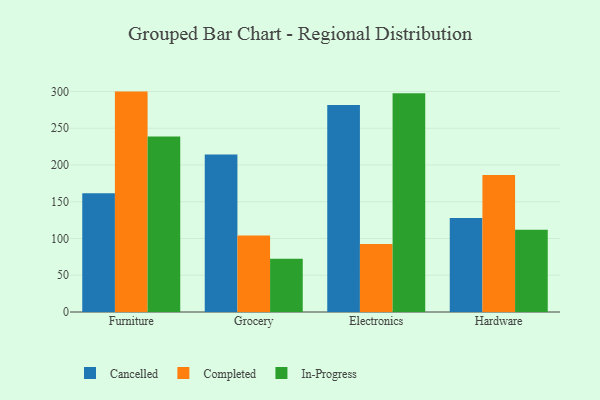
{"axis": {"x": "Category", "y": "Conversion Rate (%)"}, "legend": ["Cancelled", "Completed", "In-Progress"], "data": [{"x": "Furniture", "y": 161.4, "type": "Cancelled"}, {"x": "Furniture", "y": 299.8, "type": "Completed"}, {"x": "Furniture", "y": 238.6, "type": "In-Progress"}, {"x": "Grocery", "y": 214.4, "type": "Cancelled"}, {"x": "Grocery", "y": 104.0, "type": "Completed"}, {"x": "Grocery", "y": 72.6, "type": "In-Progress"}, {"x": "Electronics", "y": 281.5, "type": "Cancelled"}, {"x": "Electronics", "y": 92.5, "type": "Completed"}, {"x": "Electronics", "y": 297.5, "type": "In-Progress"}, {"x": "Hardware", "y": 128.0, "type": "Cancelled"}, {"x": "Hardware", "y": 186.5, "type": "Completed"}, {"x": "Hardware", "y": 111.8, "type": "In-Progress"}]}